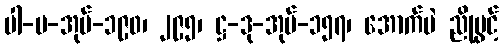
ပါ-ပ-အုပ်-၁၉၀၊ ၂၉၅၊ ဋ္ဌ-ဒု-အုပ်-၁၅၇၊ အောက်မဲ ညိုပွင့်